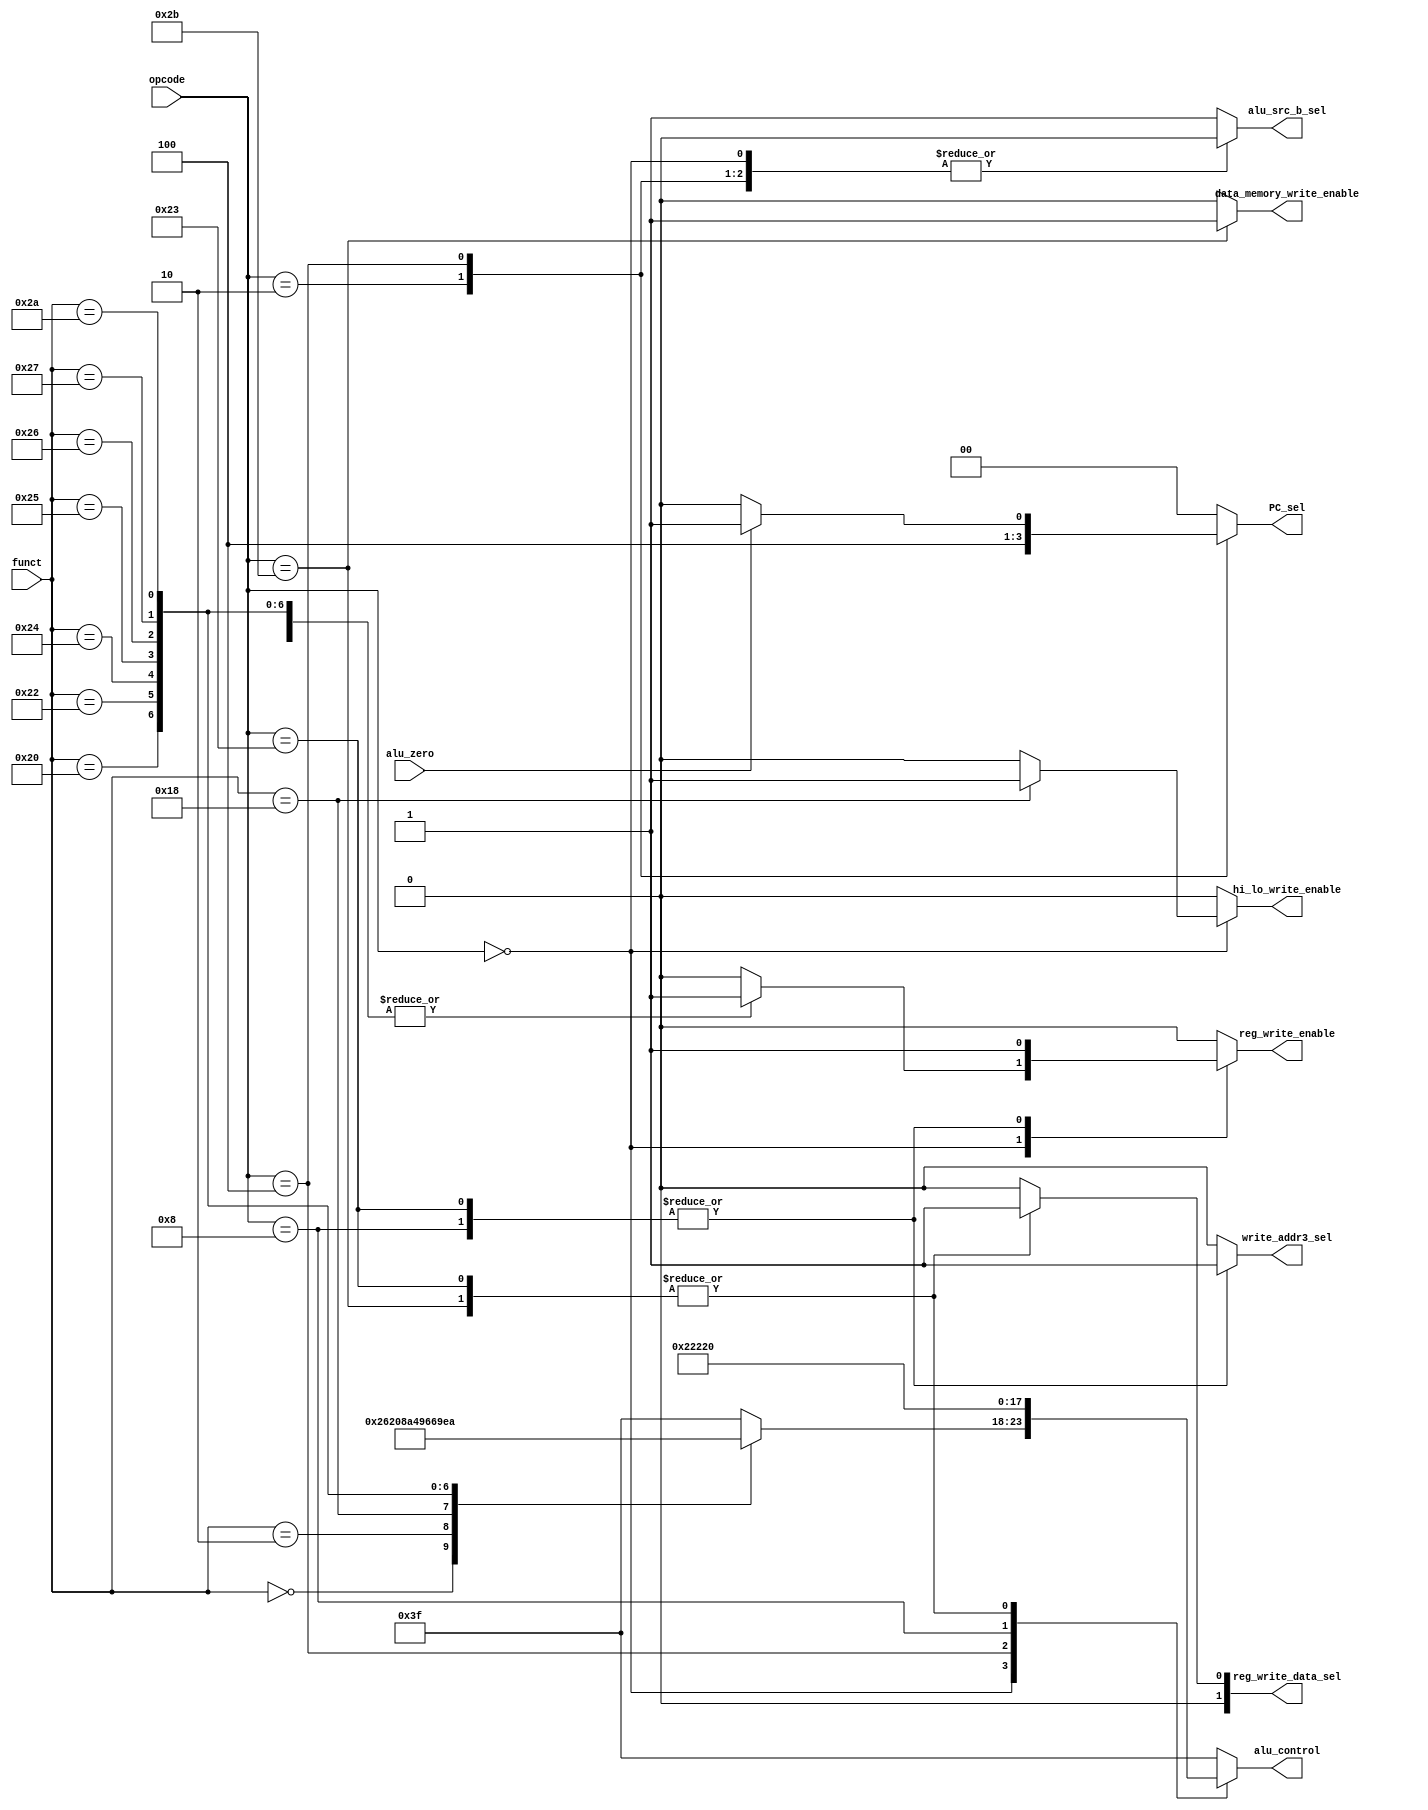
`timescale 1ns / 1ps
//////////////////////////////////////////////////////////////////////////////////
// Company: 
// Engineer: 
// 
// Design Name: 
// Module Name: control_unit
// Project Name: 
// Target Devices: 
// Tool Versions: 
// Description: 
// 
// Dependencies: 
// 
// Revision:
// Revision 0.01 - File Created
// Additional Comments:
// 
//////////////////////////////////////////////////////////////////////////////////
/*FUNCTION*/
`define SLL            6'b000000
`define SRL            6'b000010
`define ADDI           6'b001000
`define MULT           6'b011000
`define ADD            6'b100000
`define SUBTRACT       6'b100010
`define AND            6'b100100
`define OR             6'b100101
`define XOR            6'b100110
`define NOR            6'b100111
`define SET_LESS_THAN  6'b101010
`define NOOP           6'b111111


/*OPCODES*/
`define R_TYPE         6'b000000
`define J              6'b000010
`define BEQ            6'b000100
`define ADDI           6'b001000
`define LW             6'b100011
`define SW             6'b101011

module control_unit
    (
     //input            clock,
     input      [5:0] opcode,funct,
     input            alu_zero,
     output reg       /*read_addr1_sel,read_addr2_sel,*/
                      write_addr3_sel,               /*3 controls to select ddresses to register file*/
                      reg_write_enable,
     output reg [1:0] reg_write_data_sel,            /*register file write_enable and write_data control*/
     output reg       alu_src_b_sel,                                  /*select src_b to ALU*/
                      data_memory_write_enable,                       /*data memory write_enable contorl*/
                      hi_lo_write_enable,
                      
     output reg [1:0] PC_sel,                                         /*select next PC value*/
     output reg [5:0] alu_control
    );
    
    reg addr_sel;
    
    always @ (*) begin /*1st always*/
        casex (opcode) /*opcode case*/
            `R_TYPE : begin /*R-Type*/
                PC_sel = 0;                      //PC_next = PC_plus4
                data_memory_write_enable = 0;    //don't write to data memory
                addr_sel = 0;
                reg_write_data_sel = 0;          //select ALU result to be written to register file
                reg_write_enable = 1;            //enable writing to register file
                alu_src_b_sel = 0;               //select ALU src_b to be RD2
                casex (funct)
                    `SLL : begin /*shift left*/
                        alu_control = `SLL;
                        reg_write_enable = 1;            //enable writing to register file
                        hi_lo_write_enable = 0;          //disable writing to hi-lo registers
                    end 
                    `SRL : begin  /*shift right*/
                        alu_control = `SRL;
                        reg_write_enable = 1;            //enable writing to register file
                        hi_lo_write_enable = 0;          //disable writing to hi-lo registers
                     end
                     `MULT : begin /*multiply*/
                        alu_control = `MULT;
                        reg_write_enable = 0;            //disable writing to register file
                        hi_lo_write_enable = 1;          //enable writing to hi-lo registers
                     end /*multiply*/
                    `ADD : begin
                        alu_control = `ADD;
                        reg_write_enable = 1;            //enable writing to register file
                        hi_lo_write_enable = 0;          //disable writing to hi-lo registers
                    end
                    `SUBTRACT :begin
                        alu_control = `SUBTRACT;
                        reg_write_enable = 1;            //enable writing to register file
                        hi_lo_write_enable = 0;          //disable writing to hi-lo registers
                    end
                    `AND : begin
                        alu_control = `AND;
                        reg_write_enable = 1;            //enable writing to register file
                        hi_lo_write_enable = 0;          //disable writing to hi-lo registers
                    end
                    `OR : begin
                        alu_control = `OR;
                        reg_write_enable = 1;            //enable writing to register file
                        hi_lo_write_enable = 0;          //disable writing to hi-lo registers
                    end
                    `XOR : begin
                        alu_control = `XOR;
                        reg_write_enable = 1;            //enable writing to register file
                        hi_lo_write_enable = 0;          //disable writing to hi-lo registers
                    end
                    `NOR : begin
                        alu_control = `NOR;
                        reg_write_enable = 1;            //enable writing to register file
                        hi_lo_write_enable = 0;          //disable writing to hi-lo registers
                    end
                    `SET_LESS_THAN : begin
                        alu_control = `SET_LESS_THAN;
                        reg_write_enable = 1;            //enable writing to register file
                        hi_lo_write_enable = 0;          //disable writing to hi-lo registers
                    end
                    default : begin
                        alu_control = `NOOP;
                        reg_write_enable = 0;
                        hi_lo_write_enable = 0;
                    end
                endcase
            end /*R-Type*/
            `J : begin /*Jump*/
                alu_control = `NOOP;
                addr_sel = 0;                  //0 - 0 - 0
                reg_write_data_sel = 0;      
                reg_write_enable = 0;          //don't write to register file
                hi_lo_write_enable = 0;        //disable writing to hi-lo registers
                alu_src_b_sel = 0;             //RD2
                PC_sel = 2;                    //PC_next = PC_jump
                data_memory_write_enable = 0;  //don't write to data memory
            end /*Jump*/
            `BEQ : begin /*BEQ*/
                alu_control = `SUBTRACT;
                addr_sel = 0;                  //0 - 0 - 0
                reg_write_data_sel = 0;        
                reg_write_enable = 0;          //don't write to register file
                hi_lo_write_enable = 0;        //disable writing to hi-lo registers
                alu_src_b_sel = 0;             //RD2
                PC_sel = alu_zero? 1 : 0;      //PC_next = PC_branch only if [rs]-[rt]=0
                data_memory_write_enable = 0;  //don't write to data memory
            end /*BEQ*/
            `ADDI : begin /*ADDI*/
                alu_control = `ADDI;
                addr_sel = 1;                  //0 - 0 - 1
                reg_write_data_sel = 0;
                reg_write_enable = 1;          //write the result in register file
                hi_lo_write_enable = 0;        //disable writing to hi-lo registers
                alu_src_b_sel = 1;             //sign_extend_data
                PC_sel = 0;                    //PC_next = PC_plus4
                data_memory_write_enable = 0;  //don't write to data memory
            end /*ADDI*/
            `LW : begin /*Load Word*/
                alu_control = `ADD;
                addr_sel = 1;                  //rs - rt - rt
                reg_write_data_sel = 1;        //select data coming from data memory to be written to register file
                reg_write_enable = 1;          //load the data from data memory to register file
                hi_lo_write_enable = 0;        //disable writing to hi-lo registers
                alu_src_b_sel = 1;             //sign_extend_data
                PC_sel = 0;                    //PC_next = PC_plus4
                data_memory_write_enable = 0;  //don't write to data memory
            end /*Load Word*/
            `SW : begin /*Store Word*/
                alu_control = `ADD;
                addr_sel = 0;                  //rs - rt - rd
                reg_write_data_sel = 1;        //select data coming from data memory to be written to register file
                reg_write_enable = 0;          //don't write to register file
                hi_lo_write_enable = 0;        //disable writing to hi-lo registers
                alu_src_b_sel = 1;             //sign_extend_data
                PC_sel = 0;                    //PC_next = PC_plus4
                data_memory_write_enable = 1;  //write to data memory
            end /*Stor Word*/
            default : begin
                alu_control = `NOOP;
                addr_sel = 0;                  //0 - 0 - 0
                reg_write_data_sel = 0;      
                reg_write_enable = 0;          //don't write to register file
                hi_lo_write_enable = 0;        //disable writing to hi-lo registers
                alu_src_b_sel = 1;             //sign_extend_data
                PC_sel = 0;                    //PC_next = PC_plus4
                data_memory_write_enable = 0;  //don't write to data memory
            end
        endcase /*opcode case*/
    end /*1st always*/
    
    always @ (*) begin /*2nd always*/
//        {read_addr1_sel,read_addr2_sel,write_addr3_sel} = addr_sel;
        write_addr3_sel = addr_sel;
    end /*2nd always*/
    
endmodule